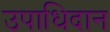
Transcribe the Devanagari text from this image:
उपाधिदान